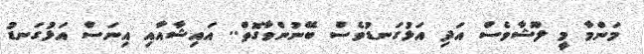
މަންމާ މީ ލޫޝާވެސް އަދި އަޅުގަނޑުވެސް ބޭނުންވާގޮތް.. އައިޝާއާއި އިނަސް އަޅުގަނޑު